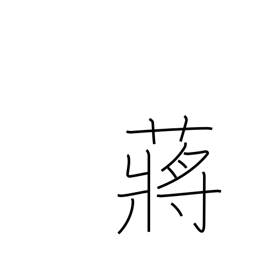
Meaning: hydropyrum latifalium